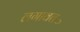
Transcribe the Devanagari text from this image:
लगावत॰